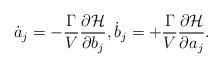
LaTeX: \begin{align*}\dot{a}_j=-\frac{\Gamma}{V}\frac{\partial\mathcal{H}}{\partial {b}_j},\dot{b}_j=+\frac{\Gamma}{V}\frac{\partial\mathcal{H}}{\partial {a}_j}.\end{align*}